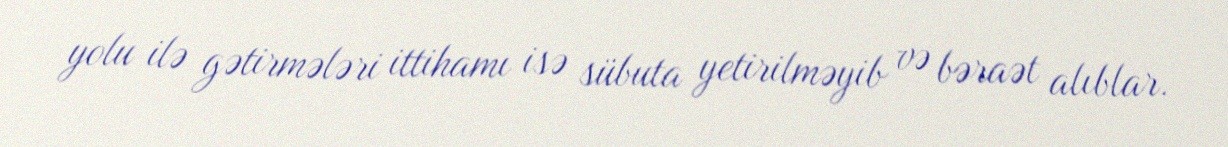
yolu ilə gətirmələri ittihamı isə sübuta yetirilməyib və bəraət alıblar.